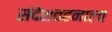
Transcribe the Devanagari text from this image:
संदेशवहनाला